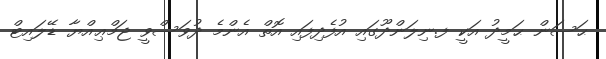
ޙަސަން ޙަމީދު އަކީ ފ.ނިލަންދޫގައި އުފެދިފައި އޮތް އެންމެ ދުވަސްވީ ޖަމްޢިއްޔާ ޑޭލައިޓް